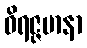
ဝိရဇ္ဇမာနာ